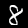
Label: 8